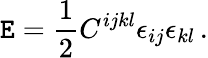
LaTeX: \mathtt{E}=\frac{1}{2}C^{ijkl}\epsilon_{ij}\epsilon_{kl}\, .